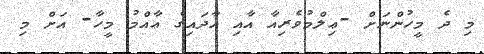
މި ދެ މީހުންނަށް -ޢިލްމުވެރިއާ އާއި އާދައިގެ ޢާއްމު މީހާ- އަށް މި